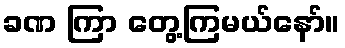
ခဏ ကြာ တွေ့ကြမယ်နော်။